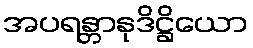
အပရန္တာနုဒိဋ္ဌိယော